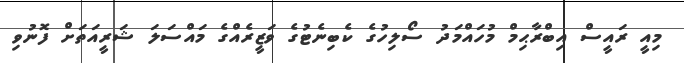
މިއީ ރައީސް އިބްރާޙިމް މުހައްމަދު ސޯލިހުގެ ކެބިނެޓުގެ ވަޒީރެއްގެ މައްސަލަ ޝަރީއަތަށް ފޮނުވި